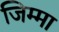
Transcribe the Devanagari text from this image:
जिम्‍मा